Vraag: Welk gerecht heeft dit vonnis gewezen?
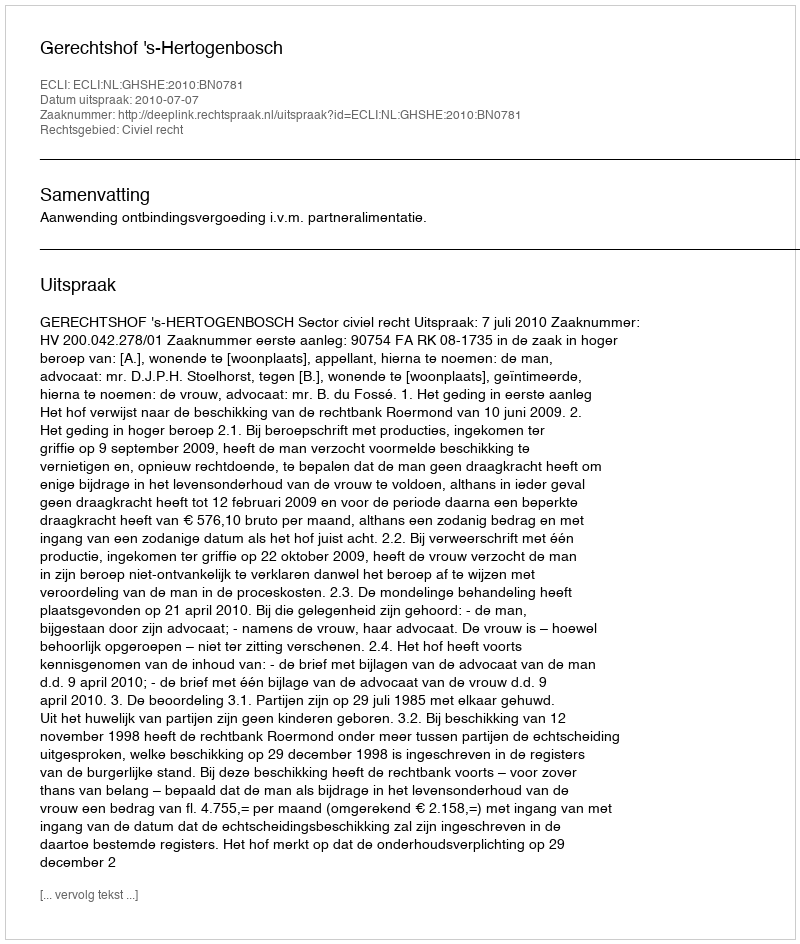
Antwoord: Gerechtshof 's-Hertogenbosch